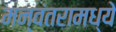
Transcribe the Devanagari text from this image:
मन्वंतरामध्ये